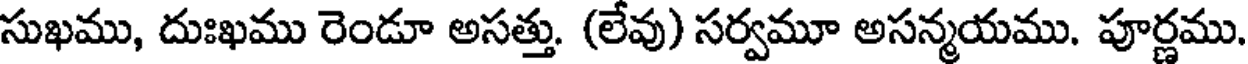
సుఖము, దుఃఖము రెండూ అసత్తు. (లేవు) సర్వమూ అసన్మయము. పూర్ణము.